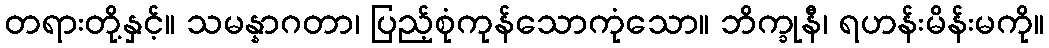
တရားတို့နှင့်။ သမန္နာဂတာ၊ ပြည့်စုံကုန်သောကုံသော။ ဘိက္ခုနီ၊ ရဟန်းမိန်းမကို။